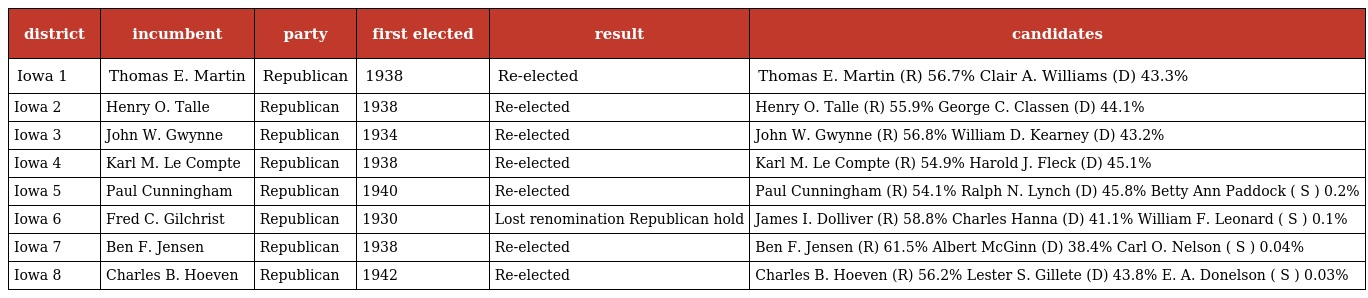
| district | incumbent | party | first elected | result | candidates |
 | --- | --- | --- | --- | --- | --- |
 | Iowa 1 | Thomas E. Martin | Republican | 1938 | Re-elected | Thomas E. Martin (R) 56.7% Clair A. Williams (D) 43.3% |
 | Iowa 2 | Henry O. Talle | Republican | 1938 | Re-elected | Henry O. Talle (R) 55.9% George C. Classen (D) 44.1% |
 | Iowa 3 | John W. Gwynne | Republican | 1934 | Re-elected | John W. Gwynne (R) 56.8% William D. Kearney (D) 43.2% |
 | Iowa 4 | Karl M. Le Compte | Republican | 1938 | Re-elected | Karl M. Le Compte (R) 54.9% Harold J. Fleck (D) 45.1% |
 | Iowa 5 | Paul Cunningham | Republican | 1940 | Re-elected | Paul Cunningham (R) 54.1% Ralph N. Lynch (D) 45.8% Betty Ann Paddock ( S ) 0.2% |
 | Iowa 6 | Fred C. Gilchrist | Republican | 1930 | Lost renomination Republican hold | James I. Dolliver (R) 58.8% Charles Hanna (D) 41.1% William F. Leonard ( S ) 0.1% |
 | Iowa 7 | Ben F. Jensen | Republican | 1938 | Re-elected | Ben F. Jensen (R) 61.5% Albert McGinn (D) 38.4% Carl O. Nelson ( S ) 0.04% |
 | Iowa 8 | Charles B. Hoeven | Republican | 1942 | Re-elected | Charles B. Hoeven (R) 56.2% Lester S. Gillete (D) 43.8% E. A. Donelson ( S ) 0.03% |